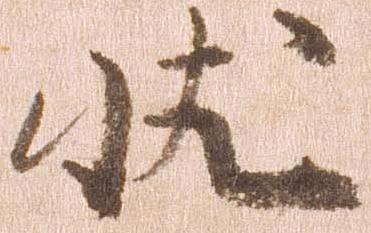
状